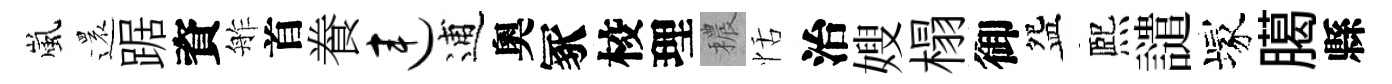
嵐還踞資舴首飬连逋奧冢校理穠恬治嫂榻御盌熈譴塚臈縣